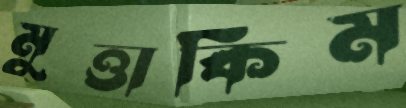
মুত্তাকিম